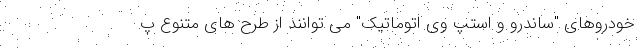
خودروهای "ساندرو و استپ وی اتوماتیک" می توانند از طرح های متنوع پ